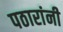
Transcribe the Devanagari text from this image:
पठारांनी